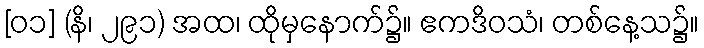
[၀၁] (နိ၊ ၂၉၁) အထ၊ ထိုမှနောက်၌။ ဧကဒိဝသံ၊ တစ်နေ့သ၌။